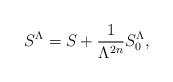
LaTeX: \begin{align*}S^\Lambda = S + \frac{1}{\Lambda^{2n}} S^\Lambda_0,\end{align*}